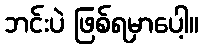
ဘင်းပဲ ဖြစ်ရမှာပေါ့။